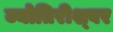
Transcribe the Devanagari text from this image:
ज्योतिरीश्‍वर